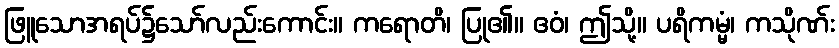
ဖြူသောအရပ်၌သော်လည်းကောင်း။ ကရောတိ၊ ပြု၏။ ဧဝံ၊ ဤသို့။ ပရိကမ္မံ၊ ကသိုဏ်း